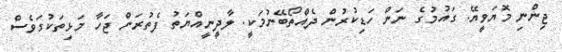
ޖިންނި މޮޔަވީޔޭ. ގައުމުގެ ނަން ހަޑިކުރުން ދެއްތޯބޭނުމަކީ. ލާދީނީއްޔަތު ފެތުރަން ޖަހާ މަޅިތަކުގަވެސް